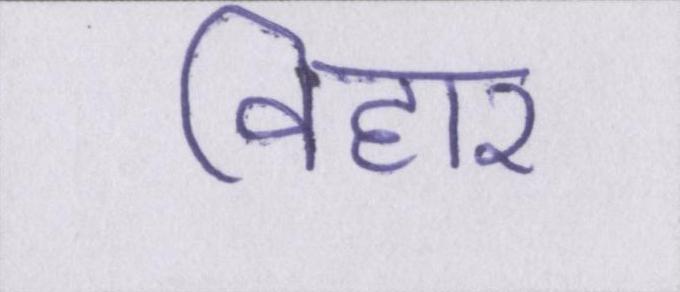
विहार